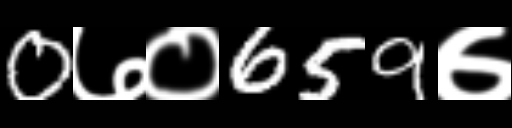
Text: 0७०659७